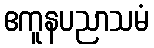
ဧကူနပညာသမံ